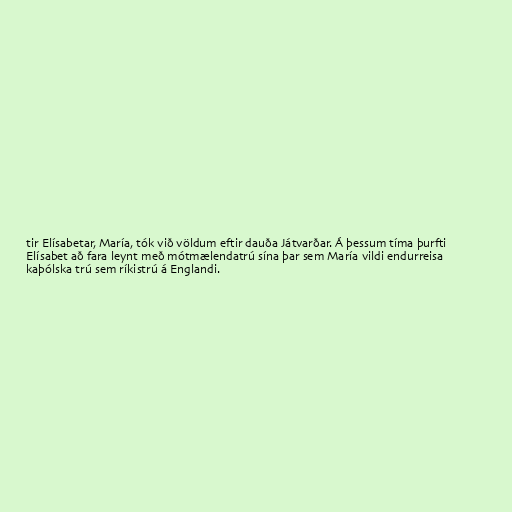
tir Elísabetar, María, tók við völdum eftir dauða Játvarðar. Á þessum tíma þurfti
Elísabet að fara leynt með mótmælendatrú sína þar sem María vildi endurreisa
kaþólska trú sem ríkistrú á Englandi.